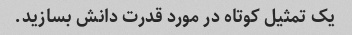
یک تمثیل کوتاه در مورد قدرت دانش بسازید.